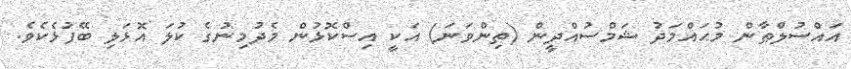
އައްސުލްޠާން މުޙައްމަދު ޝަމްސުއްދީން (ތިންވަނަ) އަކީ އިސްކޮޅުން މެދުމިނުގެ ކުލަ އޮޅަލި ބޭފުޅެކެވެ.